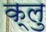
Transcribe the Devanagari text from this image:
क्लु